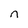
Character: n